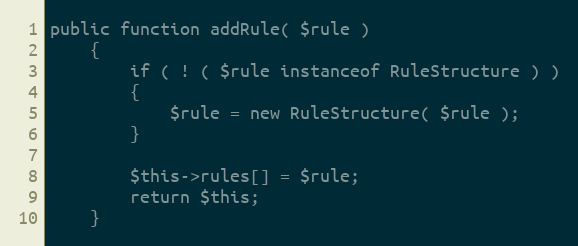
Language: PHP
public function addRule( $rule )
    {
        if ( ! ( $rule instanceof RuleStructure ) )
        {
            $rule = new RuleStructure( $rule );
        }

        $this->rules[] = $rule;
        return $this;
    }